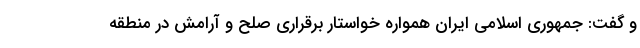
و گفت: جمهوری اسلامی ایران همواره خواستار برقراری صلح و آرامش در منطقه